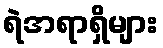
ရဲအရာရှိများ